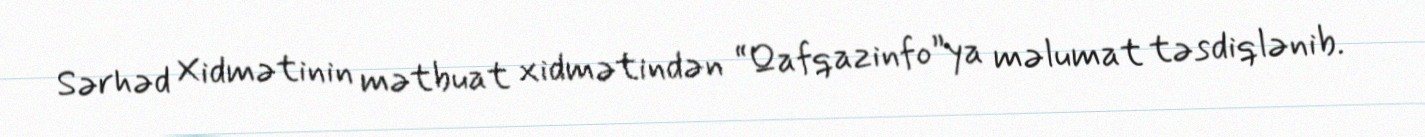
Sərhəd Xidmətinin mətbuat xidmətindən “Qafqazinfo”ya məlumat təsdiqlənib.